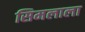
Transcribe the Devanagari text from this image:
सिमलाला